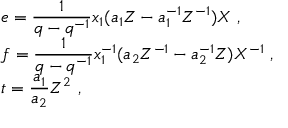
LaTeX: \begin{array} { r c l } { { } } & { { } } & { { e = \displaystyle \frac { 1 } { q - q ^ { - 1 } } x _ { 1 } ( a _ { 1 } Z - a _ { 1 } ^ { - 1 } Z ^ { - 1 } ) X ~ , } } \\ { { } } & { { } } & { { f = \displaystyle \frac { 1 } { q - q ^ { - 1 } } x _ { 1 } ^ { - 1 } ( a _ { 2 } Z ^ { - 1 } - a _ { 2 } ^ { - 1 } Z ) X ^ { - 1 } ~ , } } \\ { { } } & { { } } & { { t = \displaystyle \frac { a _ { 1 } } { a _ { 2 } } Z ^ { 2 } ~ , } } \end{array}